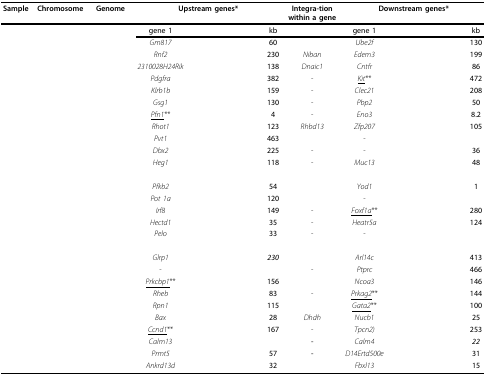
<table><thead><tr><td><b>Sample</b></td><td><b>Chromosome</b></td><td><b>Genome</b></td><td colspan="4"><b>Upstream genes*</b></td><td><b>Integra-tion within a gene</b></td><td colspan="4"><b>Downstream genes*</b></td></tr></thead><tbody><tr><td>[EMPTY_CELL]</td><td>[EMPTY_CELL]</td><td>[EMPTY_CELL]</td><td><b>gene 1</b></td><td>[EMPTY_CELL]</td><td>[EMPTY_CELL]</td><td><b>kb</b></td><td>[EMPTY_CELL]</td><td><b>gene 1</b></td><td>[EMPTY_CELL]</td><td>[EMPTY_CELL]</td><td><b>kb</b></td></tr><tr><td>[EMPTY_CELL]</td><td>[EMPTY_CELL]</td><td>[EMPTY_CELL]</td><td><i>Gm817</i></td><td>[EMPTY_CELL]</td><td>[EMPTY_CELL]</td><td><b>60</b></td><td>[EMPTY_CELL]</td><td><i>Ube2f</i></td><td>[EMPTY_CELL]</td><td>[EMPTY_CELL]</td><td><b>130</b></td></tr><tr><td>[EMPTY_CELL]</td><td>[EMPTY_CELL]</td><td>[EMPTY_CELL]</td><td><i>Rnf2</i></td><td>[EMPTY_CELL]</td><td>[EMPTY_CELL]</td><td><b>230</b></td><td><i>Niban</i></td><td><i>Edem3</i></td><td>[EMPTY_CELL]</td><td>[EMPTY_CELL]</td><td><b>199</b></td></tr><tr><td>[EMPTY_CELL]</td><td>[EMPTY_CELL]</td><td>[EMPTY_CELL]</td><td><i>2310028H24Rik</i></td><td>[EMPTY_CELL]</td><td>[EMPTY_CELL]</td><td><b>138</b></td><td><i>Dnaic1</i></td><td><i>Cntfr</i></td><td>[EMPTY_CELL]</td><td>[EMPTY_CELL]</td><td><b>86</b></td></tr><tr><td>[EMPTY_CELL]</td><td>[EMPTY_CELL]</td><td>[EMPTY_CELL]</td><td><i>Pdgfra</i></td><td>[EMPTY_CELL]</td><td>[EMPTY_CELL]</td><td><b>382</b></td><td>-</td><td><underline><i>Kit</i></underline>**</td><td>[EMPTY_CELL]</td><td>[EMPTY_CELL]</td><td><b>472</b></td></tr><tr><td>[EMPTY_CELL]</td><td>[EMPTY_CELL]</td><td>[EMPTY_CELL]</td><td><i>Klrb1b</i></td><td>[EMPTY_CELL]</td><td>[EMPTY_CELL]</td><td><b>159</b></td><td>-</td><td><i>Clec21</i></td><td>[EMPTY_CELL]</td><td>[EMPTY_CELL]</td><td><b>208</b></td></tr><tr><td>[EMPTY_CELL]</td><td>[EMPTY_CELL]</td><td>[EMPTY_CELL]</td><td><i>Gsg1</i></td><td>[EMPTY_CELL]</td><td>[EMPTY_CELL]</td><td><b>130</b></td><td>-</td><td><i>Pbp2</i></td><td>[EMPTY_CELL]</td><td>[EMPTY_CELL]</td><td><b>50</b></td></tr><tr><td>[EMPTY_CELL]</td><td>[EMPTY_CELL]</td><td>[EMPTY_CELL]</td><td><underline><i>Pfn1</i></underline>**</td><td>[EMPTY_CELL]</td><td>[EMPTY_CELL]</td><td><b>4</b></td><td>-</td><td><i>Eno3</i></td><td>[EMPTY_CELL]</td><td>[EMPTY_CELL]</td><td><b>8.2</b></td></tr><tr><td>[EMPTY_CELL]</td><td>[EMPTY_CELL]</td><td>[EMPTY_CELL]</td><td><i>Rhot1</i></td><td>[EMPTY_CELL]</td><td>[EMPTY_CELL]</td><td><b>123</b></td><td><i>Rhbd13</i></td><td><i>Zfp207</i></td><td>[EMPTY_CELL]</td><td>[EMPTY_CELL]</td><td><b>105</b></td></tr><tr><td>[EMPTY_CELL]</td><td>[EMPTY_CELL]</td><td>[EMPTY_CELL]</td><td><i>Pvt1</i></td><td>[EMPTY_CELL]</td><td>[EMPTY_CELL]</td><td><b>463</b></td><td>[EMPTY_CELL]</td><td>-</td><td>[EMPTY_CELL]</td><td>[EMPTY_CELL]</td><td>[EMPTY_CELL]</td></tr><tr><td>[EMPTY_CELL]</td><td>[EMPTY_CELL]</td><td>[EMPTY_CELL]</td><td><i>Dbx2</i></td><td>[EMPTY_CELL]</td><td>[EMPTY_CELL]</td><td><b>225</b></td><td>-</td><td>-</td><td>[EMPTY_CELL]</td><td>[EMPTY_CELL]</td><td><b>36</b></td></tr><tr><td>[EMPTY_CELL]</td><td>[EMPTY_CELL]</td><td>[EMPTY_CELL]</td><td><i>Heg1</i></td><td>[EMPTY_CELL]</td><td>[EMPTY_CELL]</td><td><b>118</b></td><td>-</td><td><i>Muc13</i></td><td>[EMPTY_CELL]</td><td>[EMPTY_CELL]</td><td><b>48</b></td></tr><tr><td>[EMPTY_CELL]</td><td>[EMPTY_CELL]</td><td>[EMPTY_CELL]</td><td>[EMPTY_CELL]</td><td>[EMPTY_CELL]</td><td>[EMPTY_CELL]</td><td>[EMPTY_CELL]</td><td>[EMPTY_CELL]</td><td>[EMPTY_CELL]</td><td>[EMPTY_CELL]</td><td>[EMPTY_CELL]</td><td>[EMPTY_CELL]</td></tr><tr><td>[EMPTY_CELL]</td><td>[EMPTY_CELL]</td><td>[EMPTY_CELL]</td><td><i>Pfkb2</i></td><td>[EMPTY_CELL]</td><td>[EMPTY_CELL]</td><td><b>54</b></td><td>[EMPTY_CELL]</td><td><i>Yod1</i></td><td>[EMPTY_CELL]</td><td>[EMPTY_CELL]</td><td><b>1</b></td></tr><tr><td>[EMPTY_CELL]</td><td>[EMPTY_CELL]</td><td>[EMPTY_CELL]</td><td><i>Pot 1a</i></td><td>[EMPTY_CELL]</td><td>[EMPTY_CELL]</td><td><b>120</b></td><td>[EMPTY_CELL]</td><td>-</td><td>[EMPTY_CELL]</td><td>[EMPTY_CELL]</td><td>[EMPTY_CELL]</td></tr><tr><td>[EMPTY_CELL]</td><td>[EMPTY_CELL]</td><td>[EMPTY_CELL]</td><td><i>Irf8</i></td><td>[EMPTY_CELL]</td><td>[EMPTY_CELL]</td><td><b>149</b></td><td>-</td><td><underline><i>Foxf1a</i></underline>**</td><td>[EMPTY_CELL]</td><td>[EMPTY_CELL]</td><td><b>280</b></td></tr><tr><td>[EMPTY_CELL]</td><td>[EMPTY_CELL]</td><td>[EMPTY_CELL]</td><td><i>Hectd1</i></td><td>[EMPTY_CELL]</td><td>[EMPTY_CELL]</td><td><b>35</b></td><td>-</td><td><i>Heatr5a</i></td><td>[EMPTY_CELL]</td><td>[EMPTY_CELL]</td><td><b>124</b></td></tr><tr><td>[EMPTY_CELL]</td><td>[EMPTY_CELL]</td><td>[EMPTY_CELL]</td><td><i>Pelo</i></td><td>[EMPTY_CELL]</td><td>[EMPTY_CELL]</td><td><b>33</b></td><td>-</td><td>-</td><td>[EMPTY_CELL]</td><td>[EMPTY_CELL]</td><td>[EMPTY_CELL]</td></tr><tr><td>[EMPTY_CELL]</td><td>[EMPTY_CELL]</td><td>[EMPTY_CELL]</td><td>[EMPTY_CELL]</td><td>[EMPTY_CELL]</td><td>[EMPTY_CELL]</td><td>[EMPTY_CELL]</td><td>[EMPTY_CELL]</td><td>[EMPTY_CELL]</td><td>[EMPTY_CELL]</td><td>[EMPTY_CELL]</td><td>[EMPTY_CELL]</td></tr><tr><td>[EMPTY_CELL]</td><td>[EMPTY_CELL]</td><td>[EMPTY_CELL]</td><td><i>Glrp1</i></td><td>[EMPTY_CELL]</td><td>[EMPTY_CELL]</td><td><b><i>230</i></b></td><td>[EMPTY_CELL]</td><td><i>Arl14c</i></td><td>[EMPTY_CELL]</td><td>[EMPTY_CELL]</td><td><b>413</b></td></tr><tr><td>[EMPTY_CELL]</td><td>[EMPTY_CELL]</td><td>[EMPTY_CELL]</td><td>-</td><td>[EMPTY_CELL]</td><td>[EMPTY_CELL]</td><td>[EMPTY_CELL]</td><td>-</td><td><i>Ptprc</i></td><td>[EMPTY_CELL]</td><td>[EMPTY_CELL]</td><td><b>466</b></td></tr><tr><td>[EMPTY_CELL]</td><td>[EMPTY_CELL]</td><td>[EMPTY_CELL]</td><td><underline><i>Prkcbp1</i></underline>**</td><td>[EMPTY_CELL]</td><td>[EMPTY_CELL]</td><td><b>156</b></td><td>[EMPTY_CELL]</td><td><i>Ncoa3</i></td><td>[EMPTY_CELL]</td><td>[EMPTY_CELL]</td><td><b>146</b></td></tr><tr><td>[EMPTY_CELL]</td><td>[EMPTY_CELL]</td><td>[EMPTY_CELL]</td><td><i>Rheb</i></td><td>[EMPTY_CELL]</td><td>[EMPTY_CELL]</td><td><b>83</b></td><td>-</td><td><underline><i>Prkag2</i></underline>**</td><td>[EMPTY_CELL]</td><td>[EMPTY_CELL]</td><td><b>144</b></td></tr><tr><td>[EMPTY_CELL]</td><td>[EMPTY_CELL]</td><td>[EMPTY_CELL]</td><td><i>Rpn1</i></td><td>[EMPTY_CELL]</td><td>[EMPTY_CELL]</td><td><b>115</b></td><td>[EMPTY_CELL]</td><td><underline><i>Gata2</i></underline>**</td><td>[EMPTY_CELL]</td><td>[EMPTY_CELL]</td><td><b>100</b></td></tr><tr><td>[EMPTY_CELL]</td><td>[EMPTY_CELL]</td><td>[EMPTY_CELL]</td><td><i>Bax</i></td><td>[EMPTY_CELL]</td><td>[EMPTY_CELL]</td><td><b>28</b></td><td><i>Dhdh</i></td><td><i>Nucb1</i></td><td>[EMPTY_CELL]</td><td>[EMPTY_CELL]</td><td><b>25</b></td></tr><tr><td>[EMPTY_CELL]</td><td>[EMPTY_CELL]</td><td>[EMPTY_CELL]</td><td><underline><i>Ccnd1</i></underline>**</td><td>[EMPTY_CELL]</td><td>[EMPTY_CELL]</td><td><b>167</b></td><td>-</td><td><i>Tpcn2)</i></td><td>[EMPTY_CELL]</td><td>[EMPTY_CELL]</td><td><b>253</b></td></tr><tr><td>[EMPTY_CELL]</td><td>[EMPTY_CELL]</td><td>[EMPTY_CELL]</td><td><i>Calm13</i></td><td>[EMPTY_CELL]</td><td>[EMPTY_CELL]</td><td>[EMPTY_CELL]</td><td><b>-</b></td><td><i>Calm4</i></td><td>[EMPTY_CELL]</td><td>[EMPTY_CELL]</td><td><b><i>22</i></b></td></tr><tr><td>[EMPTY_CELL]</td><td>[EMPTY_CELL]</td><td>[EMPTY_CELL]</td><td><i>Prmt5</i></td><td>[EMPTY_CELL]</td><td>[EMPTY_CELL]</td><td><b>57</b></td><td><b>-</b></td><td><i>D14Ertd500e</i></td><td>[EMPTY_CELL]</td><td>[EMPTY_CELL]</td><td><b>31</b></td></tr><tr><td>[EMPTY_CELL]</td><td>[EMPTY_CELL]</td><td>[EMPTY_CELL]</td><td><i>Ankrd13d</i></td><td>[EMPTY_CELL]</td><td>[EMPTY_CELL]</td><td><b>32</b></td><td>[EMPTY_CELL]</td><td><i>Fbxl13</i></td><td>[EMPTY_CELL]</td><td>[EMPTY_CELL]</td><td><b>15</b></td></tr></tbody></table>